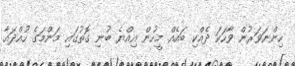
ހިންނަވަރުން ވާހަކަ ދެއްކި ބައެއް މީހުން އިއްޔެ ބުނި ގޮތުގައި މަންމަގެ ހުއްދައާ